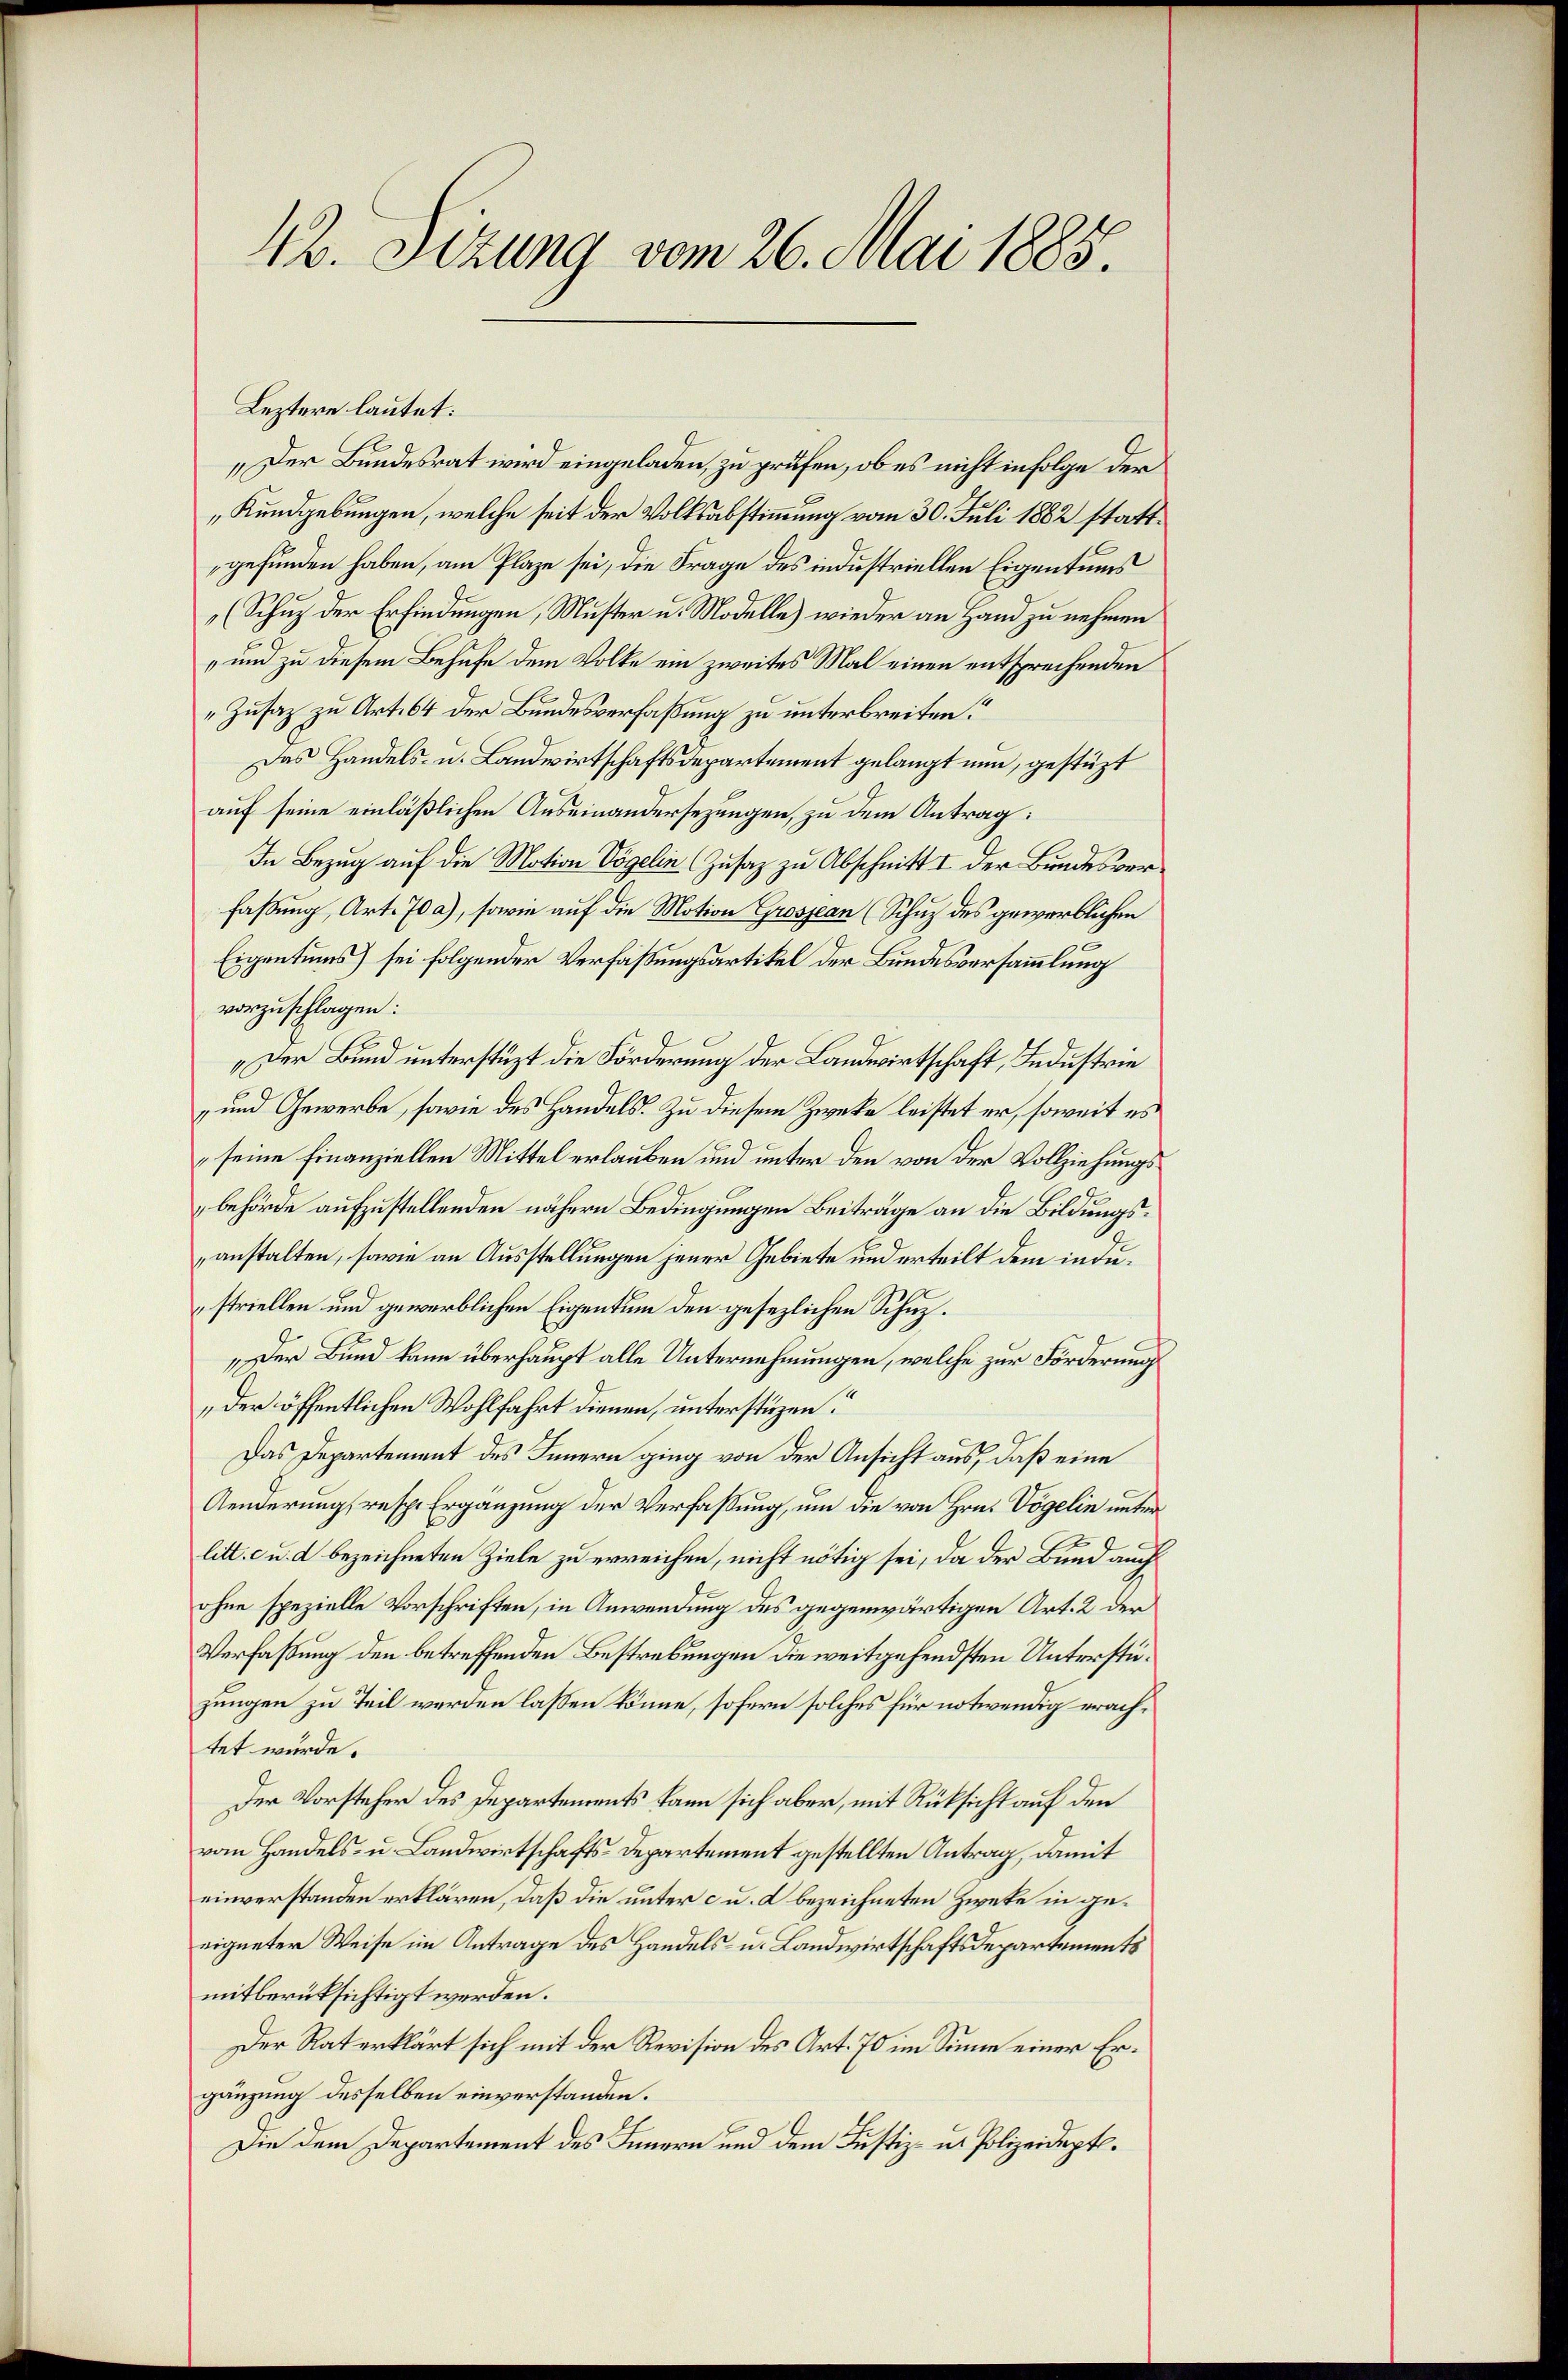
42. Sizung vom 26. Mai 1885.

Leztere lautet:
„Der Bundesrat wird eingeladen, zu prüfen, ob es nicht infolge der
„Kundgebungen, welche seit der Volksabstimmung vom 30. Juli 1882 stattgefunden haben, am Plaze sei, die Frage des industriellen Eigentums
(Schuz der Erfindungen, Muster u. Modelle) wieder an Hand zu nehmen
" und zu diesem Behufe dem Volke ein zweites Mal einen entsprechenden
„Zusaz zu Art. 64 der Bundesverfaßung zu unterbreiten.
Das Handels- u. Landwirtschaftsdepartement gelangt nun, gestüzt
auf seine einläßlichen Auseinandersezungen, zu dem Antrag:
In Bezug auf die Motion Vögelin Zusaz zu Abschnitt I der Bundesverfaßung, Art. 70 a), sowie auf die Motion Grossen (Schuz des gewerblichen
Eigentums) sei folgender Verfassungsartikel der Bundesversammlung
vorzuschlagen:
„Der Bund unterstüzt die Förderung der Landwirtschaft, Industrie
und Gewerbe, sowie des Handels. Zu diesem Zwecke leistet er, soweit es
seine Finanziellen Mittel erlauben und unter den von der Vollziehungsbehörde aufzustellenden nähern Bedingungen Beiträge an die Bildungsanstalten, sowie an Ausstellungen jener Gebiete und erteilt dem indestriellen und gewerblichen Eigentum den gesezlichen Schuz¬
„Der Bund kann überhaupt alle Unternehmungen, welche zur Förderung
der öffentlichen Wohlfahrt dienen, unterstüzen?
Das Departement des Innern ging von der Ansicht aus, daß eine
Aenderung, resp. Ergänzung der Verfaßung, um die von Hrn. Vögelin unterlitt. c u. d bezeichneten Ziele zu erreichen, nicht nötig sei, da der Bund auch
ohne spezielle Vorschriften, in Anwendung des gegenwärtigen Art. 2 der
Verfaßung den betreffenden Bestrebungen die weitgehendsten Unterstüzungen zu Teil werden lassen könne, sofern solches für notwendig erachtet würde.
Der Vorsteher des Departements kann sich aber, mit Rüksicht auf den
vom Handels- u. Landwirtschafts-Departement gestellten Antrag, damit
einverstanden erklären, daß die unter c u. d bezeichneten Zwete in geeigneter Weise im Antrage des Handels- u. Landwirtschaftsdepartements
mitberüksichtigt werden.
Der Rat erklärt sich mit der Revision des Art. 70 im Sinne einer Ergänzung desselben einverstanden.
Die dem Departement des Innern und dem Justiz- u. Polizeidept.